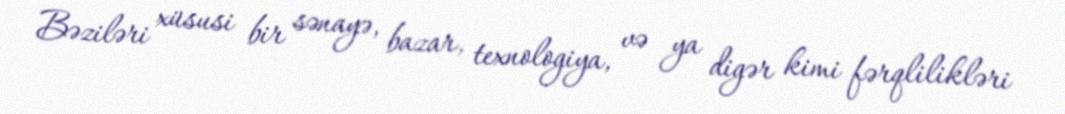
Bəziləri xüsusi bir sənayə, bazar, texnologiya, və ya digər kimi fərqlilikləri